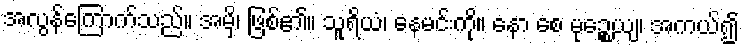
အလွန်ကြောက်သည်။ အမှိ၊ ဖြစ်၏။ သူရိယံ၊ နေမင်းကို။ နော စေ မုဉ္စေယျ၊ အကယ်၍